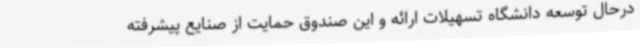
درحال توسعه دانشگاه تسهیلات ارائه و این صندوق حمایت از صنایع پیشرفته